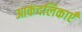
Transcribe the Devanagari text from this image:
आकंदलिकाएँ